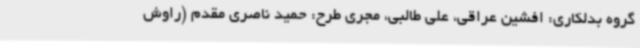
گروه بدلکاری: افشین عراقی، علی طالبی، مجری طرح: حمید ناصری مقدم (راوش